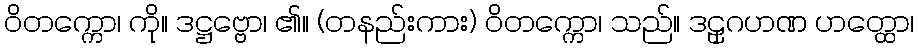
ဝိတက္ကော၊ ကို။ ဒဋ္ဌဗ္ဗော၊ ၏။ (တနည်းကား) ဝိတက္ကော၊ သည်။ ဒဠှဂဟဏ ဟတ္ထော၊